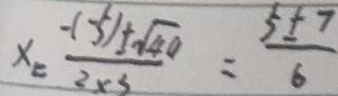
x = \frac { - ( - 5 ) \pm \sqrt { 4 0 } } { 2 \times 3 } = \frac { 5 \pm 7 } { 6 }